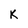
Character: K